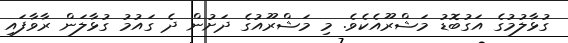
ގުޅާލުމުގެ އަގުބޮޑު މަޝްރޫއެކެވެ. މި މަޝްރޫއުގެ ދަށުން ދެ ގައުމު ގުޅާލަން ރާވާފައި